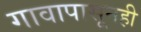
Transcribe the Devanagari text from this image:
गावापासूनही